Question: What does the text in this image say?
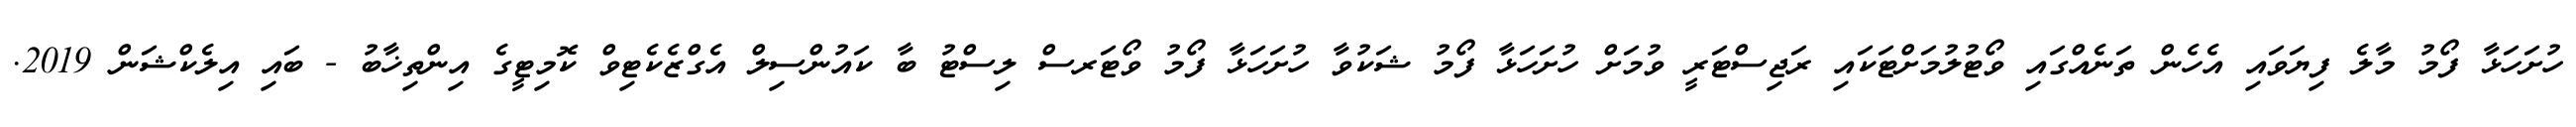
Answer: ހުށަހަޅާ ފޯމު މާލެ ފިޔަވައި އެހެން ތަނެއްގައި ވޯޓުލުމަށްޓަކައި ރަޖިސްޓަރީ ވުމަށް ހުށަހަޅާ ފޯމު ޝަކުވާ ހުށަހަޅާ ފޯމު ވޯޓަރސް ލިސްޓު ބާ ކައުންސިލް އެގްޒެކެޓިވް ކޮމިޓީގެ އިންތިޚާބު - ބައި އިލެކްޝަން 2019.